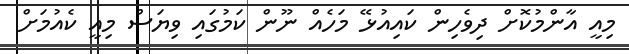
މިއީ އާންމުކޮށް ދިވެހިން ކައިއުޅޭ މަހެއް ނޫން ކަމުގައި ވިޔަސް މިއީ ކެއުމަށް